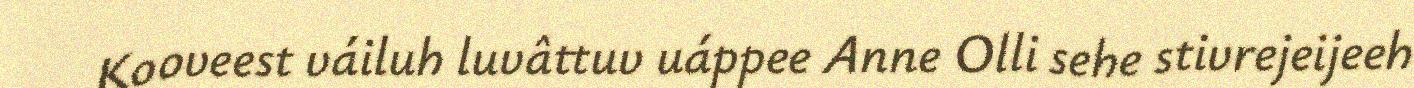
Kooveest váiluh luvâttuv uáppee Anne Olli sehe stivrejeijeeh